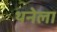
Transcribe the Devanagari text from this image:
थनेला